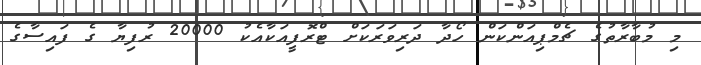
މި މުބާރާތުގެ ޗެމްޕިއަންކަން ހޯދާ ދަރިވަރަކަށް ޓްރޮފީއަކާއެކު 20000 ރުފިޔާ ގެ ފައިސާގެ